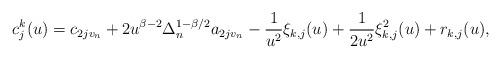
LaTeX: \begin{align*}\qquad c^k_j(u)=c_{2jv_n}+2u^{\beta-2}\Delta_n^{1-\beta/2}a_{2jv_n}-\frac{1}{u^2}\xi_{k,j}(u)+\frac{1}{2u^2}\xi_{k,j}^2(u)+r_{k,j}(u),\end{align*}